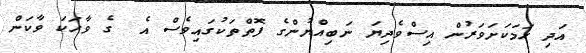
އަދި ހަމަކަށަވަރުން އިސްވެދިޔަ ނަބިއްޔުންގެ ފޮތްތަކުގައިވެސް އެ  ގެ ވާހަކަ ވާކަން